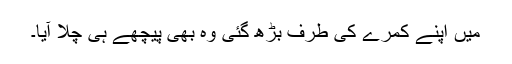
میں اپنے کمرے کی طرف بڑھ گئی وہ بھی پیچھے ہی چلا آیا۔